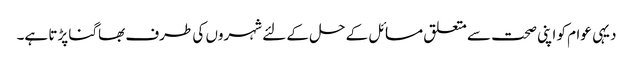
دیہی عوام کو اپنی صحت سے متعلق مسائل کے حل کے لئے شہروں کی طرف بھاگنا پڑتا ہے۔